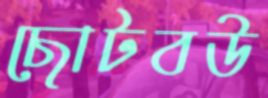
ছোটবউ